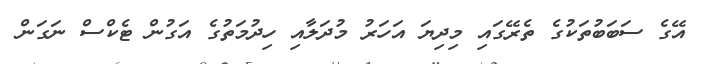
އޭގެ ސަބަބުތަކުގެ ތެރޭގައި މިދިޔަ އަހަރު މުދަލާއި ހިދުމަތުގެ އަގުން ޓެކްސް ނަގަން